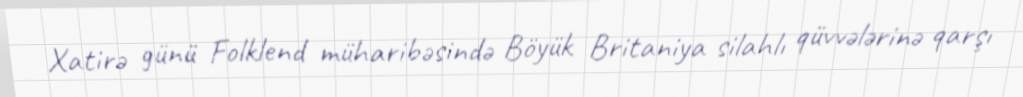
Xatirə günü Folklend müharibəsində Böyük Britaniya silahlı qüvvələrinə qarşı